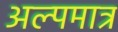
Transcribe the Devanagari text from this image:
अल्पमात्र